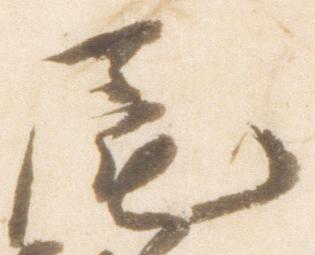
尾